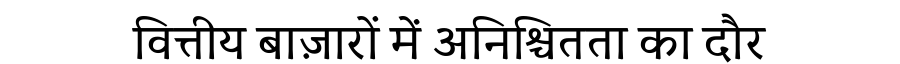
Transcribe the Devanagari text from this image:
वित्तीय बाज़ारों में अनिश्चितता का दौर